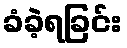
ခံခဲ့ရခြင်း